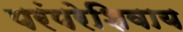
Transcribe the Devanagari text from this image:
परंपरेशिवाय